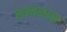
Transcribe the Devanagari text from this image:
सम्बन्धक